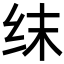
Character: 𬘚